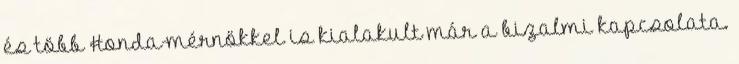
és több Honda-mérnökkel is kialakult már a bizalmi kapcsolata.